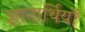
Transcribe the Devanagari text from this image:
ज्ञानार्थियों